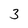
Character: 3